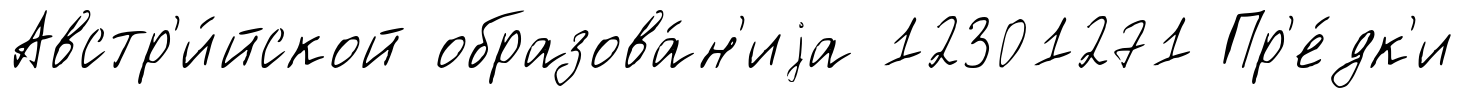
Австр'и́йской образова́н'иjа 12301271 Пр'е́дк'и